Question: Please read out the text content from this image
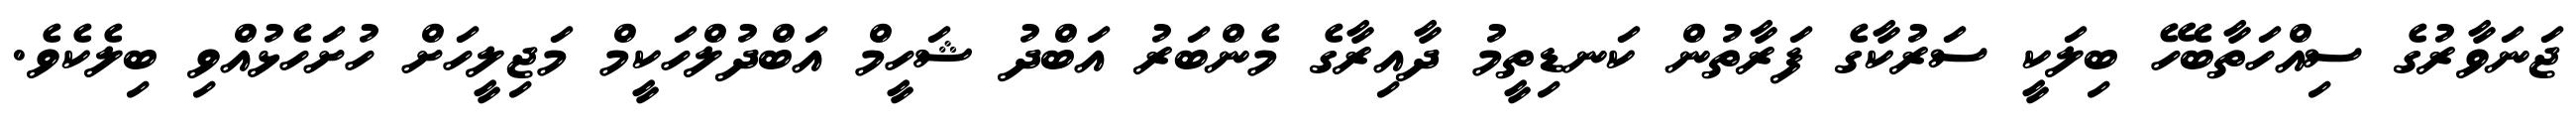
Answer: ޖަނަވާރުގެ ސިއްހަތާބެހޭ ބިލަކީ ސަރުކާގެ ފަރާތުން ކަނޑިތީމު ދާއިރާގެ މެންބަރު އަބްދު ޝަހީމް އަބްދުލްހަކީމް މަޖިލީހަށް ހުށަހެޅުއްވި ބިލެކެވެ.